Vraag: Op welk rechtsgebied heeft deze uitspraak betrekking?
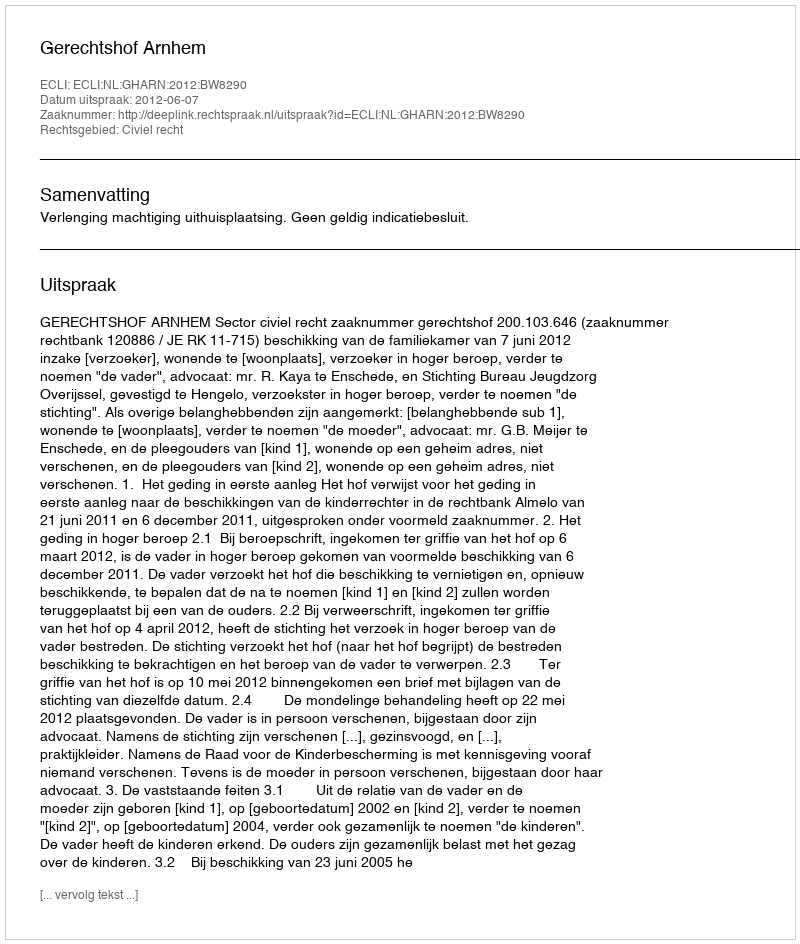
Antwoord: Civiel recht